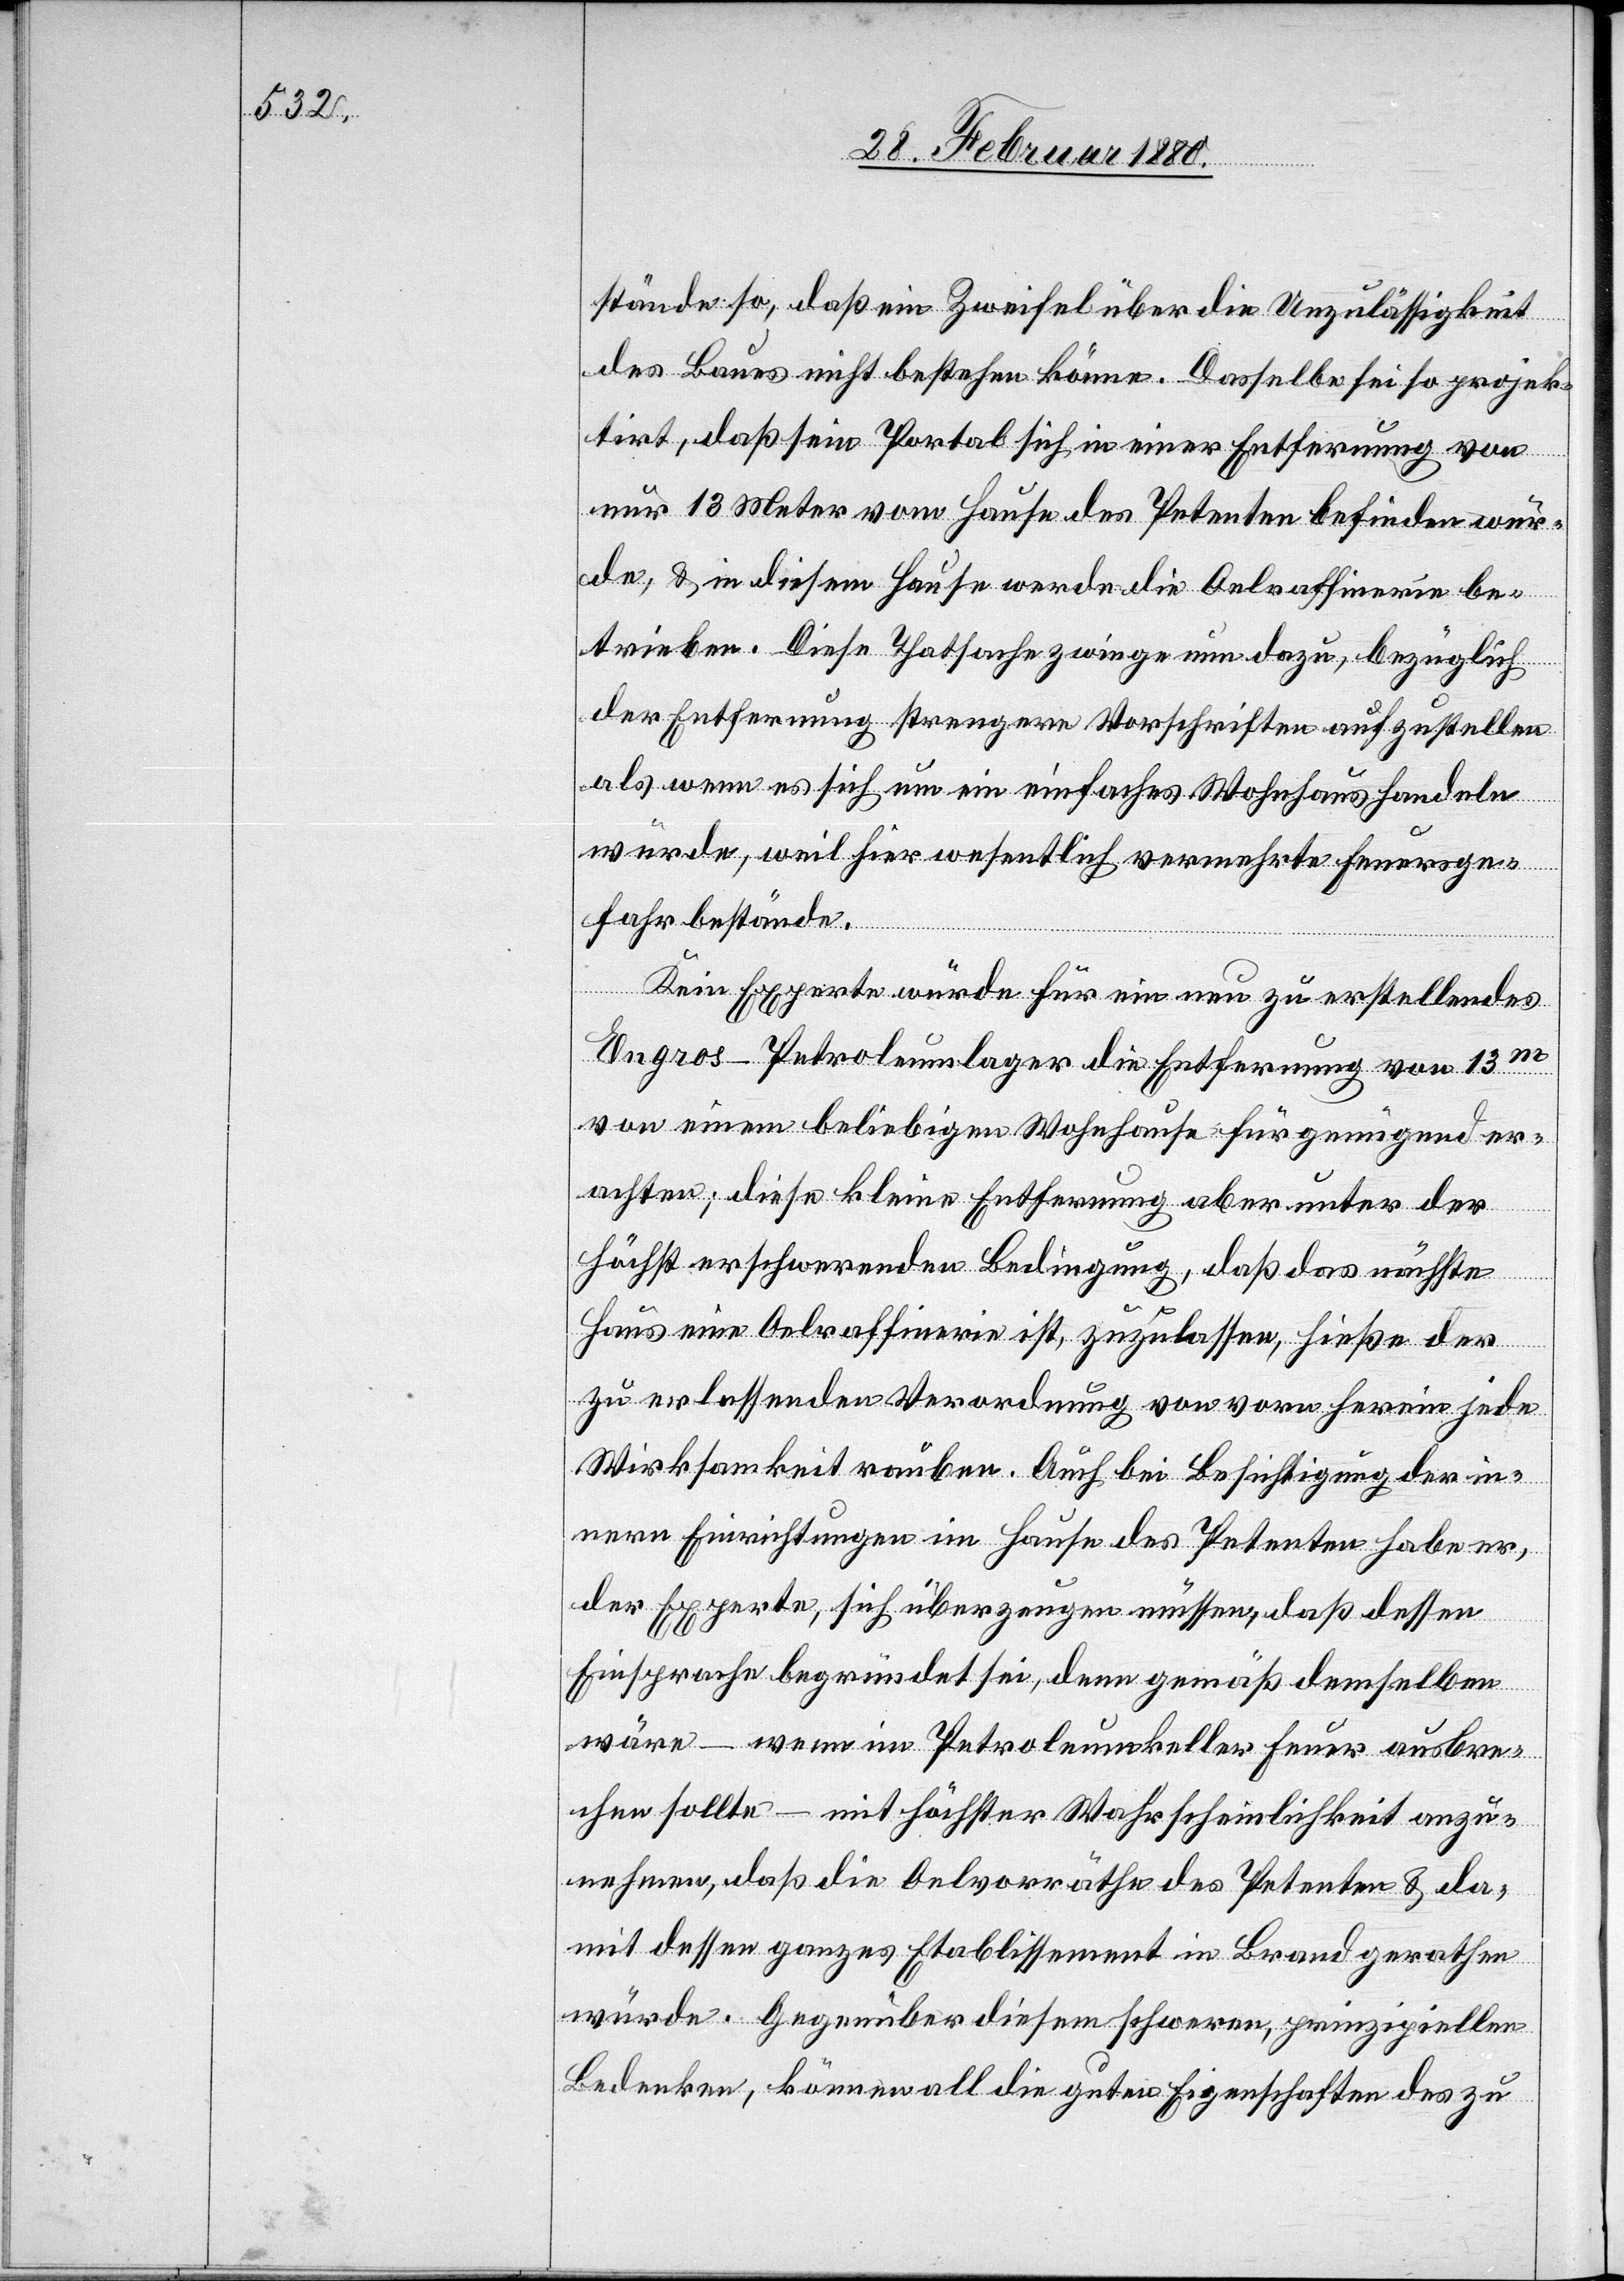
stände so, daß ein Zweifel über die Unzulässigkeit
des Baues nicht bestehen könne. Dasselbe sei so projek¬
tirt, daß sein Portal sich in einer Entfernung von
nur 13 Meter vom Hause des Petenten befinden wür¬
de, & in diesem Hause werde die Oelraffinerie be¬
trieben. Diese Thatsache zwinge nun dazu, bezüglich
der Entfernung strengere Vorschriften aufzustellen,
als wenn es sich um ein einfaches Wohnhaus handeln
würde, weil hier wesentlich vermehrte Feuersge¬
fahr bestände.
Kein Experte würde für ein neu zu erstellendes
Engros-Petroleumlager die Entfernung von 13m
von einem beliebigen Wohnhause für genügend er¬
achten; diese kleine Entfernung aber unter der
höchst erschwerenden Bedingung, daß das nächste
Haus eine Oelraffinerie ist, zuzulassen, hieße der
zu erlassenden Verordnung von vorn herein jede
Wirksamkeit rauben. Auch bei Besichtigung der in¬
nern Einrichtungen im Hause des Petenten habe er,
der Experte, sich überzeugen müssen, daß dessen
Einsprache begründet sei, denn gemäß demselben
wäre – wenn im Petroleumkeller Feuer ausbre¬
chen sollte – mit höchster Wahrscheinlichkeit anzu¬
nehmen, daß die Oelvorräthe des Petenten & da¬
mit dessen ganzes Etablissement in Brand gerathen
würde. Gegenüber diesem schweren, prinzipiellen
Bedenken, können all die guten Eigenschaften des zu